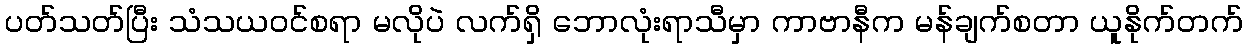
ပတ်သတ်ပြီး သံသယဝင်စရာ မလိုပဲ လက်ရှိ ဘောလုံးရာသီမှာ ကာဗာနီက မန်ချက်စတာ ယူနိုက်တက်